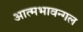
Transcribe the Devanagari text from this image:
आत्मभावन्गल